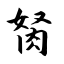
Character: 胬